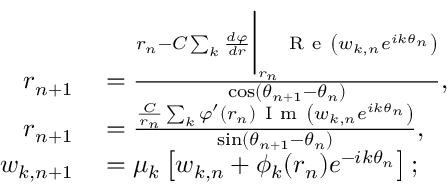
\begin{array} { r l } { r _ { n + 1 } } & { { } = \frac { r _ { n } - C \sum _ { k } \frac { d \varphi } { d r } \bigg | _ { r _ { n } } \mathrm { ~ R ~ e ~ } \left( w _ { k , n } e ^ { i k \theta _ { n } } \right) } { \cos ( \theta _ { n + 1 } - \theta _ { n } ) } , } \\ { r _ { n + 1 } } & { { } = \frac { \frac { C } { r _ { n } } \sum _ { k } \varphi ^ { \prime } ( r _ { n } ) \mathrm { ~ I ~ m ~ } \left( w _ { k , n } e ^ { i k \theta _ { n } } \right) } { \sin ( \theta _ { n + 1 } - \theta _ { n } ) } , } \\ { w _ { k , n + 1 } } & { { } = \mu _ { k } \left[ w _ { k , n } + \phi _ { k } ( r _ { n } ) e ^ { - i k \theta _ { n } } \right] ; } \end{array}